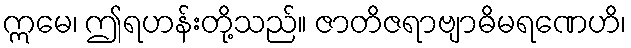
ဣမေ၊ ဤရဟန်းတို့သည်။ ဇာတိဇရာဗျာဓိမရဏေဟိ၊